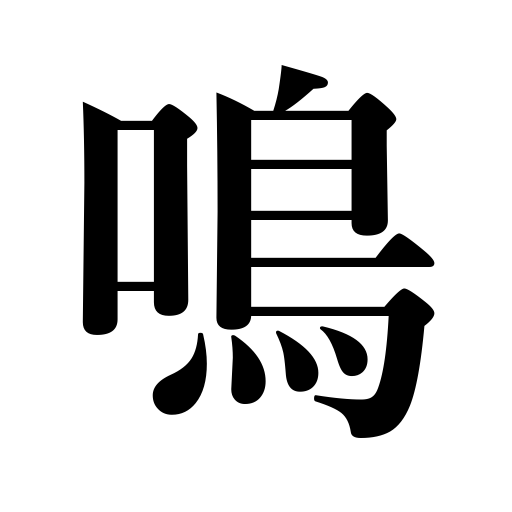
Meanings: ,bark,sound,resound,thunder rumbles,air grievances,honk,crack a whip,be famous,clap,animals and birds cry,chirp,attain celebrity,smack lips,clocks strike,echo,roar,cluck one's tongue,ringing,clink,clank,squeaky,sonorous,fingers itch for,boom,ring,blow a whistle,beat drums,etc